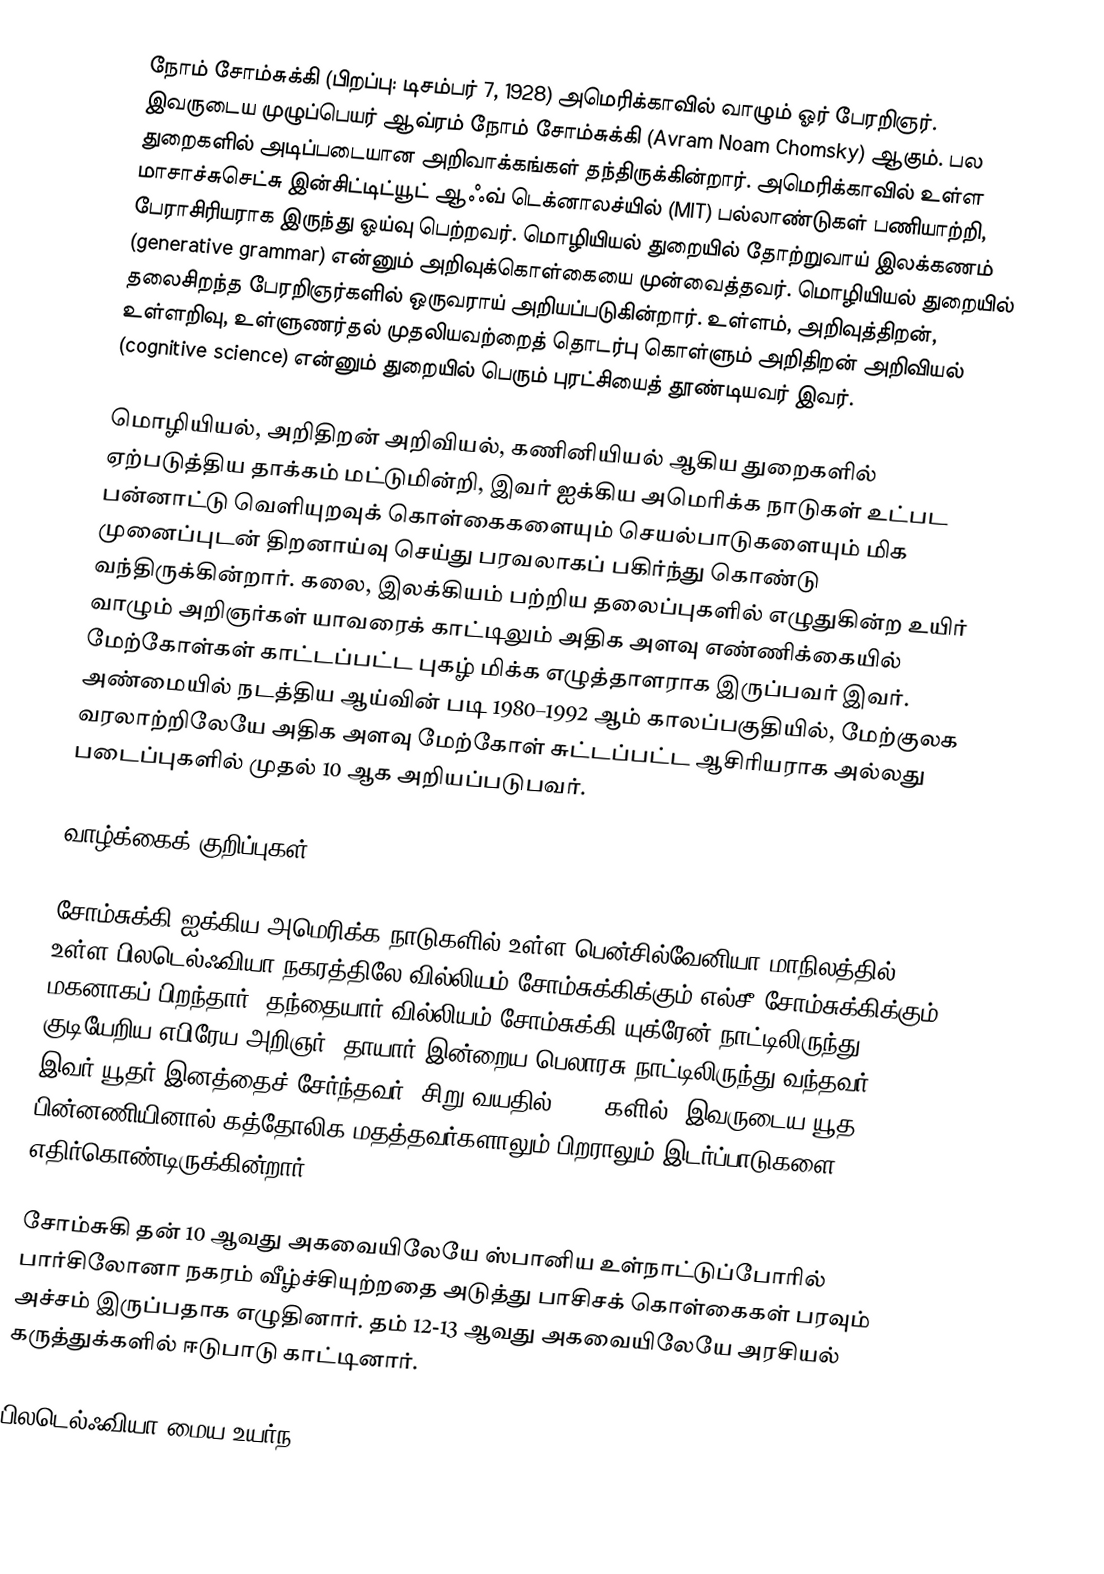
நோம் சோம்சுக்கி (பிறப்பு: டிசம்பர் 7, 1928) அமெரிக்காவில் வாழும் ஓர் பேரறிஞர். இவருடைய முழுப்பெயர் ஆவ்ரம் நோம் சோம்சுக்கி (Avram Noam Chomsky) ஆகும். பல துறைகளில் அடிப்படையான அறிவாக்கங்கள் தந்திருக்கின்றார். அமெரிக்காவில் உள்ள மாசாச்சுசெட்சு இன்சிட்டிட்யூட் ஆஃவ் டெக்னாலச்யில் (MIT) பல்லாண்டுகள் பணியாற்றி, பேராசிரியராக இருந்து ஓய்வு பெற்றவர். மொழியியல் துறையில் தோற்றுவாய் இலக்கணம் (generative grammar) என்னும் அறிவுக்கொள்கையை முன்வைத்தவர். மொழியியல் துறையில் தலைசிறந்த பேரறிஞர்களில் ஒருவராய் அறியப்படுகின்றார். உள்ளம், அறிவுத்திறன், உள்ளறிவு, உள்ளுணர்தல் முதலியவற்றைத் தொடர்பு கொள்ளும் அறிதிறன் அறிவியல் (cognitive science) என்னும் துறையில் பெரும் புரட்சியைத் தூண்டியவர் இவர்.

மொழியியல், அறிதிறன் அறிவியல், கணினியியல் ஆகிய துறைகளில் ஏற்படுத்திய தாக்கம் மட்டுமின்றி, இவர் ஐக்கிய அமெரிக்க நாடுகள் உட்பட பன்னாட்டு வெளியுறவுக் கொள்கைகளையும் செயல்பாடுகளையும் மிக முனைப்புடன் திறனாய்வு செய்து பரவலாகப் பகிர்ந்து கொண்டு வந்திருக்கின்றார். கலை, இலக்கியம் பற்றிய தலைப்புகளில் எழுதுகின்ற உயிர் வாழும் அறிஞர்கள் யாவரைக் காட்டிலும் அதிக அளவு எண்ணிக்கையில் மேற்கோள்கள் காட்டப்பட்ட புகழ் மிக்க எழுத்தாளராக இருப்பவர் இவர். அண்மையில் நடத்திய ஆய்வின் படி 1980–1992 ஆம் காலப்பகுதியில், மேற்குலக வரலாற்றிலேயே அதிக அளவு மேற்கோள் சுட்டப்பட்ட ஆசிரியராக அல்லது படைப்புகளில் முதல் 10 ஆக அறியப்படுபவர்.

வாழ்க்கைக் குறிப்புகள்

சோம்சுக்கி ஐக்கிய அமெரிக்க நாடுகளில் உள்ள பென்சில்வேனியா மாநிலத்தில் உள்ள பிலடெல்ஃவியா நகரத்திலே வில்லியம் சோம்சுக்கிக்கும் எல்சீ சோம்சுக்கிக்கும் மகனாகப் பிறந்தார். தந்தையார் வில்லியம் சோம்சுக்கி யுக்ரேன் நாட்டிலிருந்து குடியேறிய எபிரேய அறிஞர். தாயார் இன்றைய பெலாரசு நாட்டிலிருந்து வந்தவர். இவர் யூதர் இனத்தைச் சேர்ந்தவர். சிறு வயதில் (1930களில்) இவருடைய யூத பின்னணியினால் கத்தோலிக மதத்தவர்களாலும் பிறராலும் இடர்ப்பாடுகளை எதிர்கொண்டிருக்கின்றார்.

சோம்சுகி தன் 10 ஆவது அகவையிலேயே ஸ்பானிய உள்நாட்டுப்போரில் பார்சிலோனா நகரம் வீழ்ச்சியுற்றதை அடுத்து பாசிசக் கொள்கைகள் பரவும் அச்சம் இருப்பதாக எழுதினார். தம் 12-13 ஆவது அகவையிலேயே அரசியல் கருத்துக்களில் ஈடுபாடு காட்டினார்.

பிலடெல்ஃவியா மைய உயர்ந